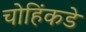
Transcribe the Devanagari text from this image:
चोहिंकडे